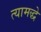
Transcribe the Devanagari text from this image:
त्यामद्धे